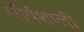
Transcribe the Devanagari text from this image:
शौर्यशाली